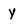
Character: y